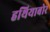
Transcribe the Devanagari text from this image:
हथियाबोर